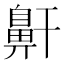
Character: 鼾